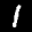
Label: 1